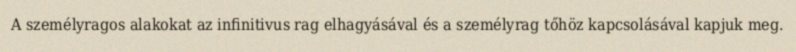
A személyragos alakokat az infinitivus rag elhagyásával és a személyrag tőhöz kapcsolásával kapjuk meg.